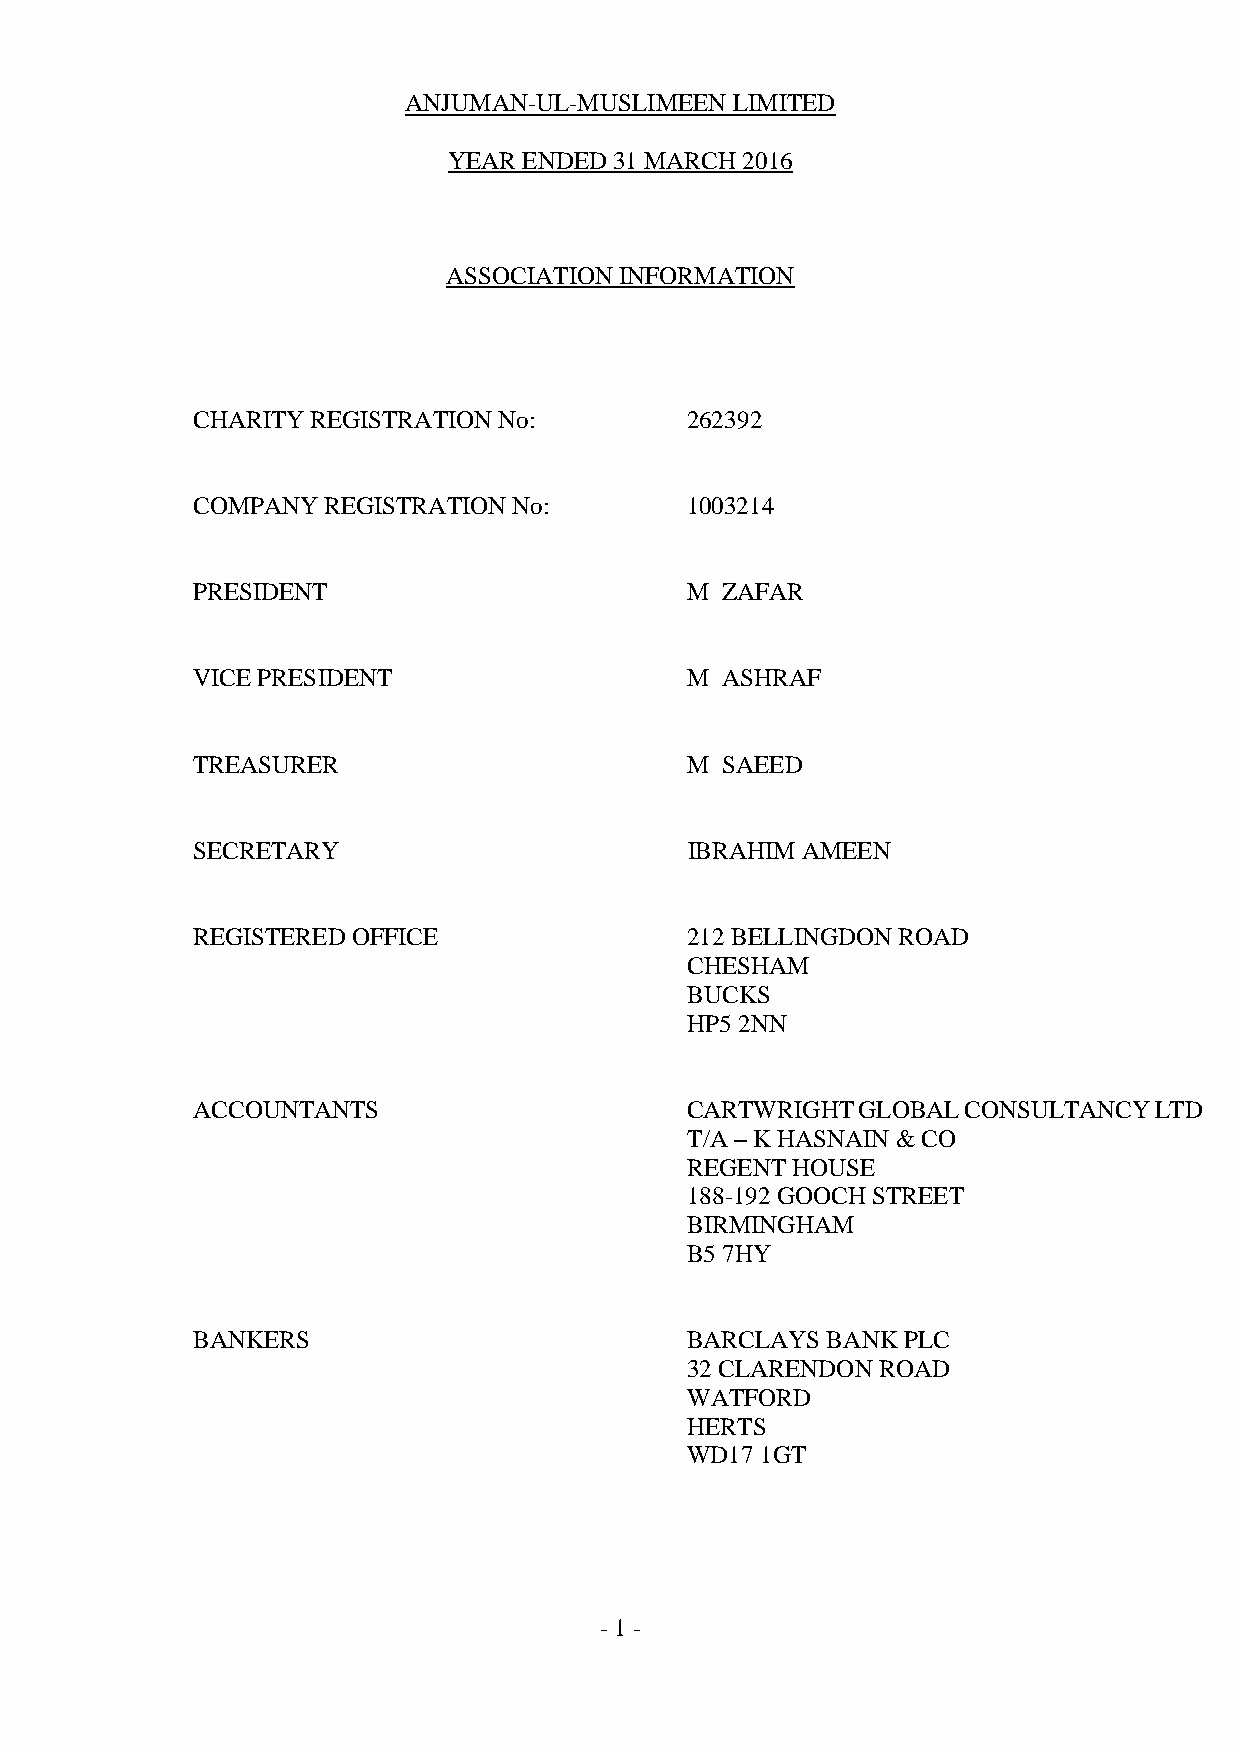
ANJUMAN-UL-MUSLIMEEN LIMITED
 YEAR ENDED 31 MARCH 2016
 ASSOCIATION INFORMATION
 CHARITY REGISTRATION No:        262392
 COMPANY REGISTRATION No:        1003214
 PRESIDENT                       M  ZAFAR
 VICE PRESIDENT                  M  ASHRAF
 TREASURER                       M  SAEED
 SECRETARY                       IBRAHIM AMEEN
 REGISTERED OFFICE               212 BELLINGDON ROAD
 CHESHAM
 BUCKS
 HP5 2NN
 ACCOUNTANTS                     CARTWRIGHTGLOBALCONSULTANCYLTD
 T/A – K HASNAIN & CO
 REGENT HOUSE
 188-192 GOOCH STREET
 BIRMINGHAM
 B5 7HY
 BANKERS                         BARCLAYS  BANK PLC
 32 CLARENDON ROAD
 WATFORD
 HERTS
 WD17 1GT
 - 1 -